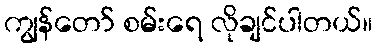
ကျွန်တော် စမ်းရေ လိုချင်ပါတယ်။